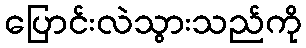
ပြောင်းလဲသွားသည်ကို